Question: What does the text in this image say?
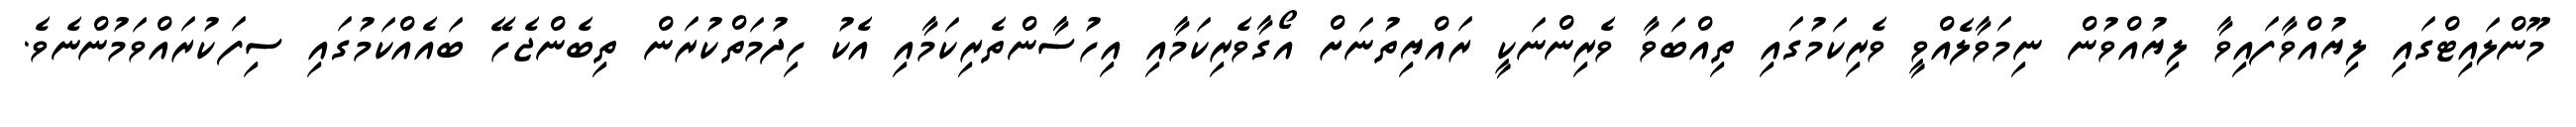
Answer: މޫންލައިޓްގައި ލިޔުއްވާފައިވާ ލިޔުއްވުން ނިމަވާލެއްވީ ވެރިކަމުގައި ތިއްބަވާ ވެރިންނަކީ ރައްޔިތުނަށް އޯގާވެރިކަމާއި އިހުސާންތެރިކަމާއި އެކު ހިދުމަތްކުރަން ތިބެންޖެހޭ ބައެއްކަމުގައި ސިފަކުރައްވަމުންނެވެ.